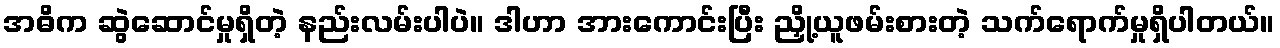
အဓိက ဆွဲဆောင်မှုရှိတဲ့ နည်းလမ်းပါပဲ။ ဒါဟာ အားကောင်းပြီး ညှို့ယူဖမ်းစားတဲ့ သက်ရောက်မှုရှိပါတယ်။